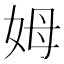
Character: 姆